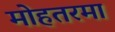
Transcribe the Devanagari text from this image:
मोहतरमा